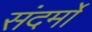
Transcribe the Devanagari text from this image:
संदर्मों